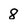
Character: 8